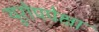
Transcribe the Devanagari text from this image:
युरोपपेक्षा